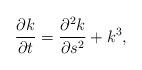
LaTeX: \begin{align*} \dfrac{\partial k}{\partial t}=\dfrac{\partial^2 k}{\partial s^2}+k^3,\end{align*}